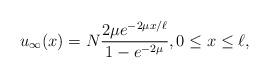
LaTeX: \begin{align*}u_\infty(x)=N \frac{2\mu e^{-2\mu x/\ell}}{1-e^{-2\mu}},0\le x\le\ell,\end{align*}